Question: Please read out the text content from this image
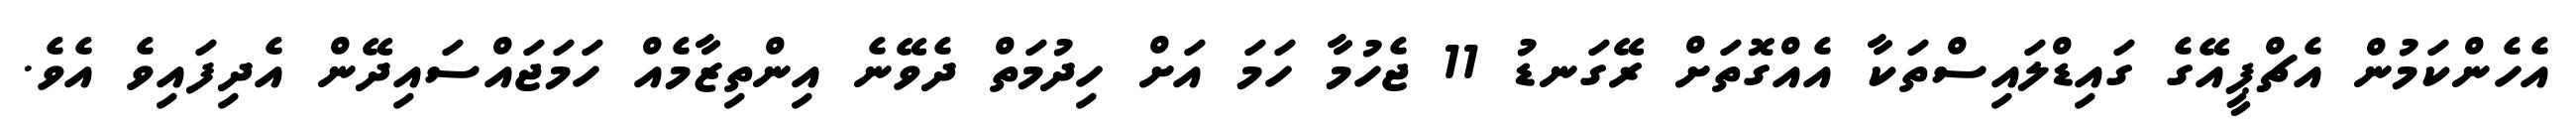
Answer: އެހެންކަމުން އެޗްޕީއޭގެ ގައިޑްލައިސްތަކާ އެއްގޮތަށް ރޭގަނޑު 11 ޖެހުމާ ހަމަ އަށް ހިދުމަތް ދެވޭނެ އިންތިޒާމެއް ހަމަޖައްސައިދޭން އެދިފައިވެ އެވެ.